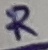
Text: R